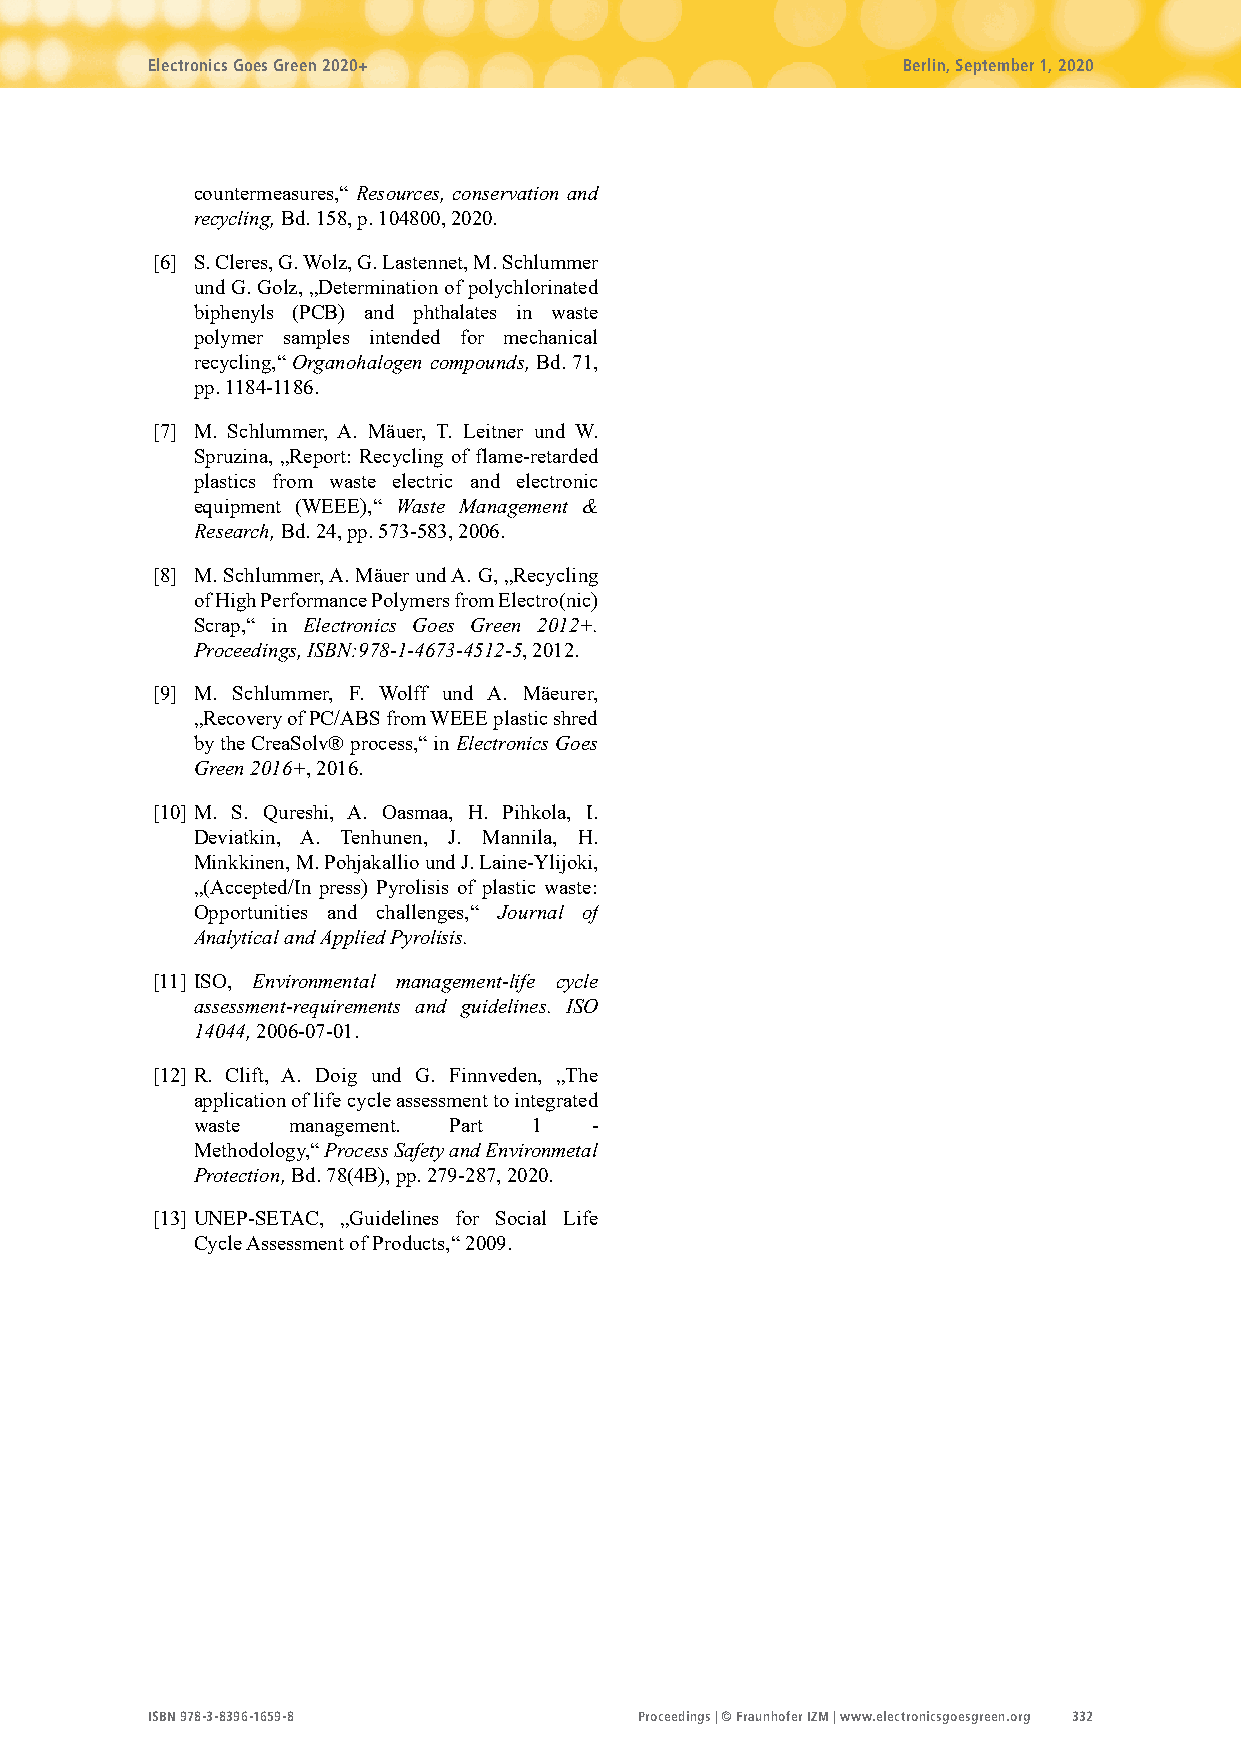
Electronics Goes Green 2020+                      Berlin, September 1, 2020
 countermeasures,“ Resources, conservation and
 recycling, Bd. 158, p. 104800, 2020.
 [6] S. Cleres, G. Wolz, G. Lastennet, M. Schlummer
 und G. Golz, „Determination of polychlorinated
 biphenyls (PCB) and phthalates in waste
 polymer samples intended for mechanical
 recycling,“ Organohalogen compounds, Bd. 71,
 pp. 1184-1186.
 [7] M. Schlummer, A. Mäuer, T. Leitner und W.
 Spruzina, „Report: Recycling of flame-retarded
 plastics from waste electric and electronic
 equipment (WEEE),“ Waste Management &
 Research, Bd. 24, pp. 573-583, 2006.
 [8] M. Schlummer, A. Mäuer und A. G, „Recycling
 of High Performance Polymers from Electro(nic)
 Scrap,“ in Electronics Goes Green 2012+.
 Proceedings, ISBN:978-1-4673-4512-5, 2012.
 [9] M. Schlummer, F. Wolff und A. Mäeurer,
 „Recovery of PC/ABS from WEEE plastic shred
 by the CreaSolv® process,“ in Electronics Goes
 Green 2016+, 2016.
 [10] M. S. Qureshi, A. Oasmaa, H. Pihkola, I.
 Deviatkin, A. Tenhunen, J. Mannila, H.
 Minkkinen, M. Pohjakallio und J. Laine-Ylijoki,
 „(Accepted/In press) Pyrolisis of plastic waste:
 Opportunities and challenges,“ Journal of
 Analytical and Applied Pyrolisis.
 [11] ISO, Environmental management-life cycle
 assessment-requirements and guidelines. ISO
 14044, 2006-07-01.
 [12] R. Clift, A. Doig und G. Finnveden, „The
 application of life cycle assessment to integrated
 waste management. Part 1  -
 Methodology,“ Process Safety and Environmetal
 Protection, Bd. 78(4B), pp. 279-287, 2020.
 [13] UNEP-SETAC, „Guidelines for Social Life
 Cycle Assessment of Products,“ 2009.
 I SBN 978-3-8396-1659-8         Proceedings | © Fraunhofer IZM | www.electronicsgoesgreen.org 332